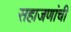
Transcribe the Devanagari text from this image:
सहाजणांची